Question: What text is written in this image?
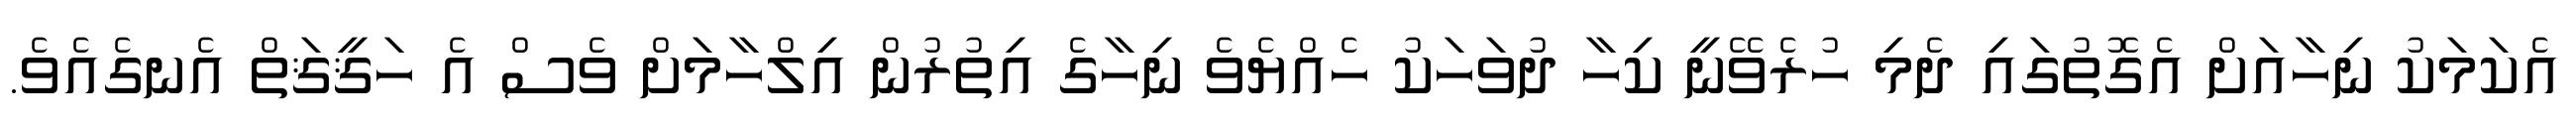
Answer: އެކަމަކު ނިހާއަށް އެގޮތުގައި ދެމި ހުރެވޭނީ ކިހާ ދުވަހަކު ހެއްޔެވެ ނިހާގެ އިތުރުން އިލްހާމަށް ވެސް އެ ހަޤީޤަތް އެނގެއެވެ.